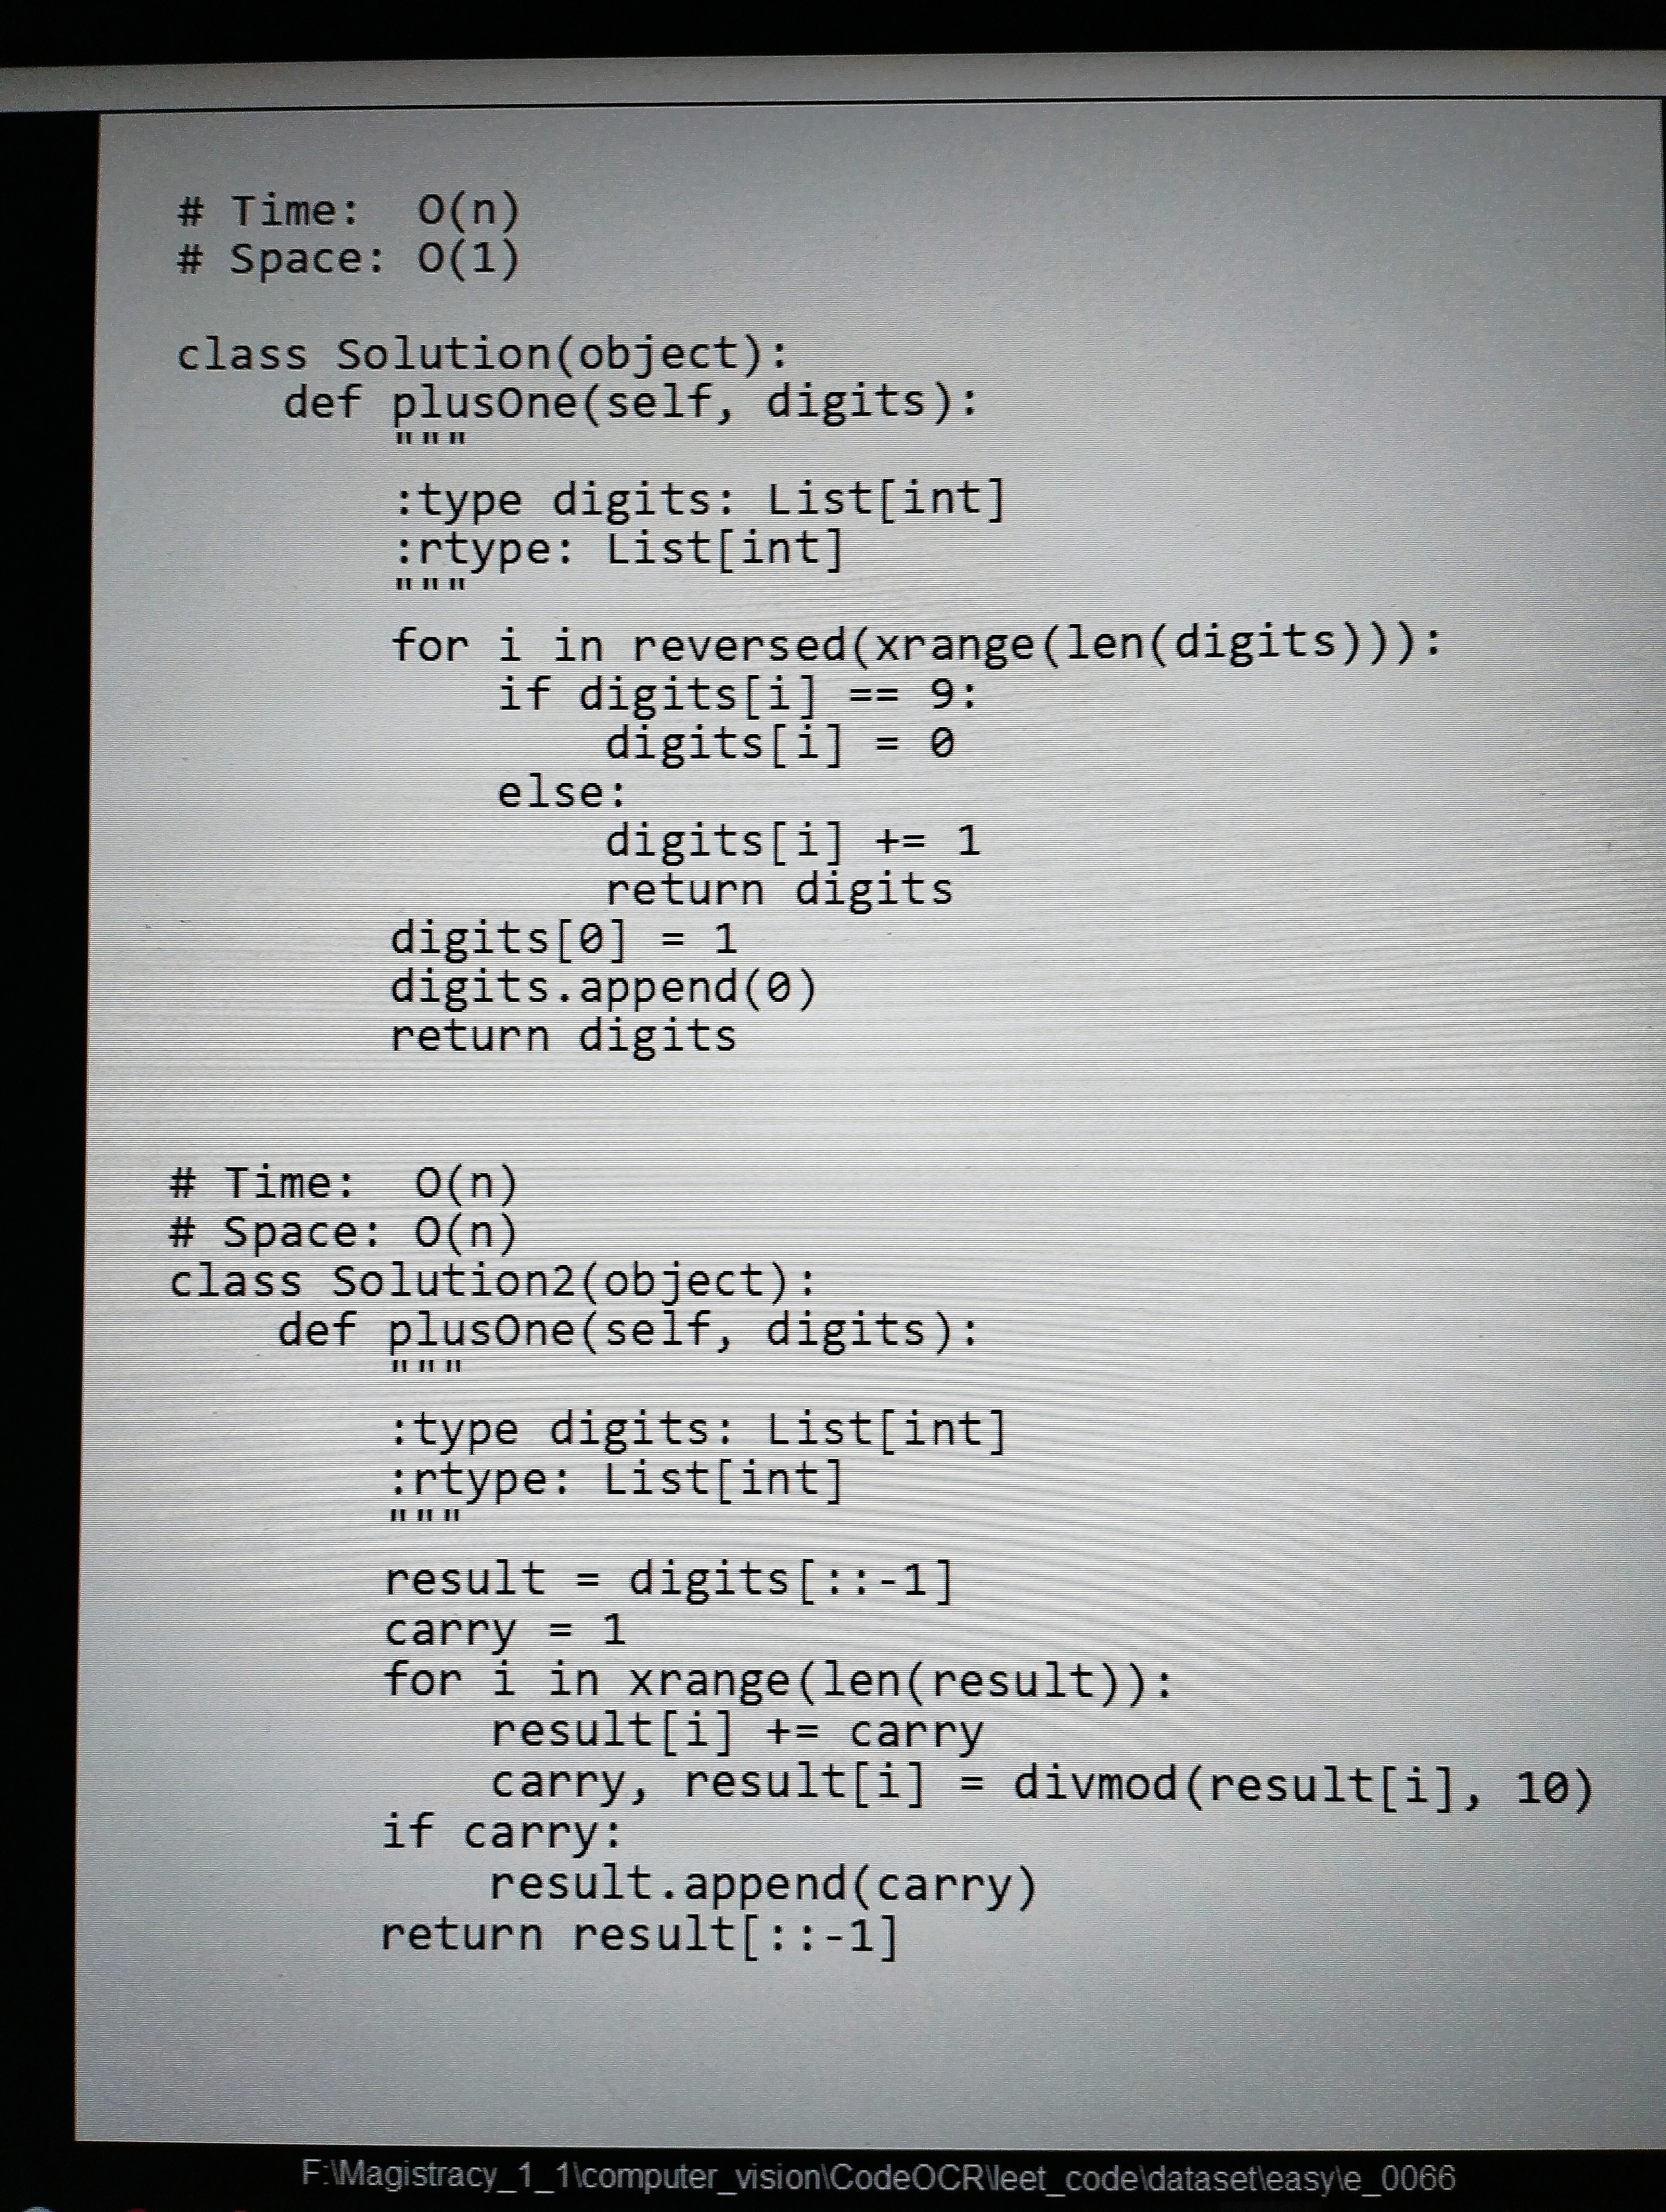
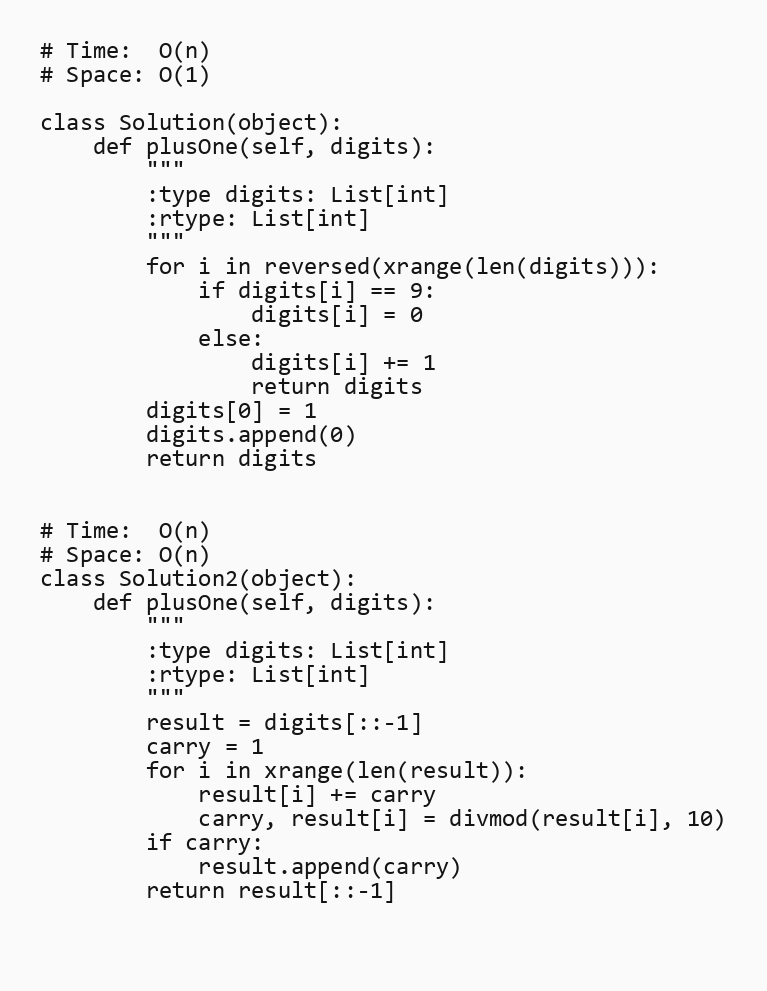
# Time:  O(n)
# Space: O(1)

class Solution(object):
    def plusOne(self, digits):
        """
        :type digits: List[int]
        :rtype: List[int]
        """
        for i in reversed(xrange(len(digits))):
            if digits[i] == 9:
                digits[i] = 0
            else:
                digits[i] += 1
                return digits
        digits[0] = 1
        digits.append(0)
        return digits

# Time:  O(n)
# Space: O(n)
class Solution2(object):
    def plusOne(self, digits):
        """
        :type digits: List[int]
        :rtype: List[int]
        """
        result = digits[::-1]
        carry = 1
        for i in xrange(len(result)):
            result[i] += carry
            carry, result[i] = divmod(result[i], 10)
        if carry:
            result.append(carry)
        return result[::-1]